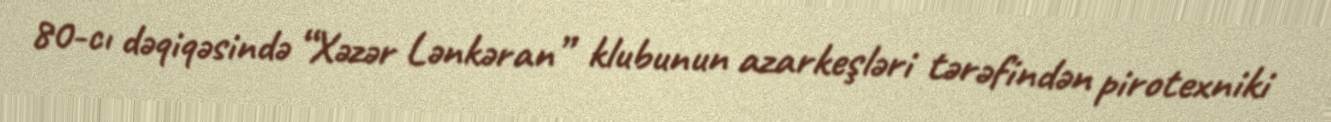
80-cı dəqiqəsində “Xəzər Lənkəran” klubunun azarkeşləri tərəfindən pirotexniki